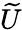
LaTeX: \widetilde{U}